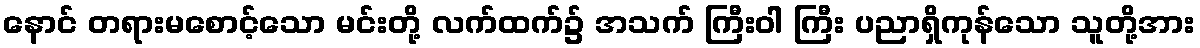
နောင် တရားမစောင့်သော မင်းတို့ လက်ထက်၌ အသက် ကြီးဝါ ကြီး ပညာရှိကုန်သော သူတို့အား